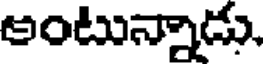
అంటున్నాడు,